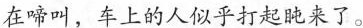
在啼叫，车上的人似乎打起盹来了。